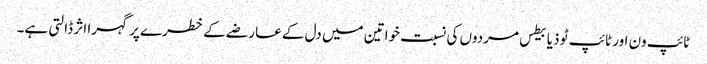
ٹائپ ون اور ٹائپ ٹو ذیابیطس مردوں کی نسبت خواتین میں دل کے عارضے کے خطرے پر گہرا اثر ڈالتی ہے۔